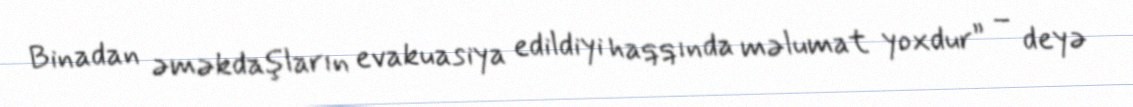
Binadan əməkdaşların evakuasiya edildiyi haqqında məlumat yoxdur” – deyə